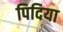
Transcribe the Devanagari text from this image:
पिदिया